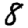
Digit: 8